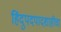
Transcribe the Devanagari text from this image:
हिंदुपदपादशाहीचा